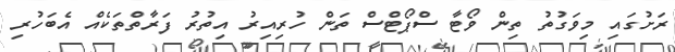
ރަށުގައި މިވަގުތު ތިން ވޯޓާ ސްޕޯޓްސް ތަން ހުރިއިރު އިތުރު ފަރާތްތަކެއް އެބަހުރި